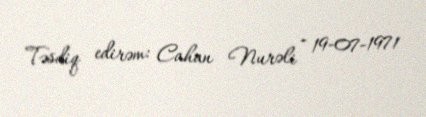
Təsdiq edirəm: Cahan Nurəli - 19-07-1971